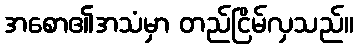
အစော၏အသံမှာ တည်ငြိမ်လှသည်။